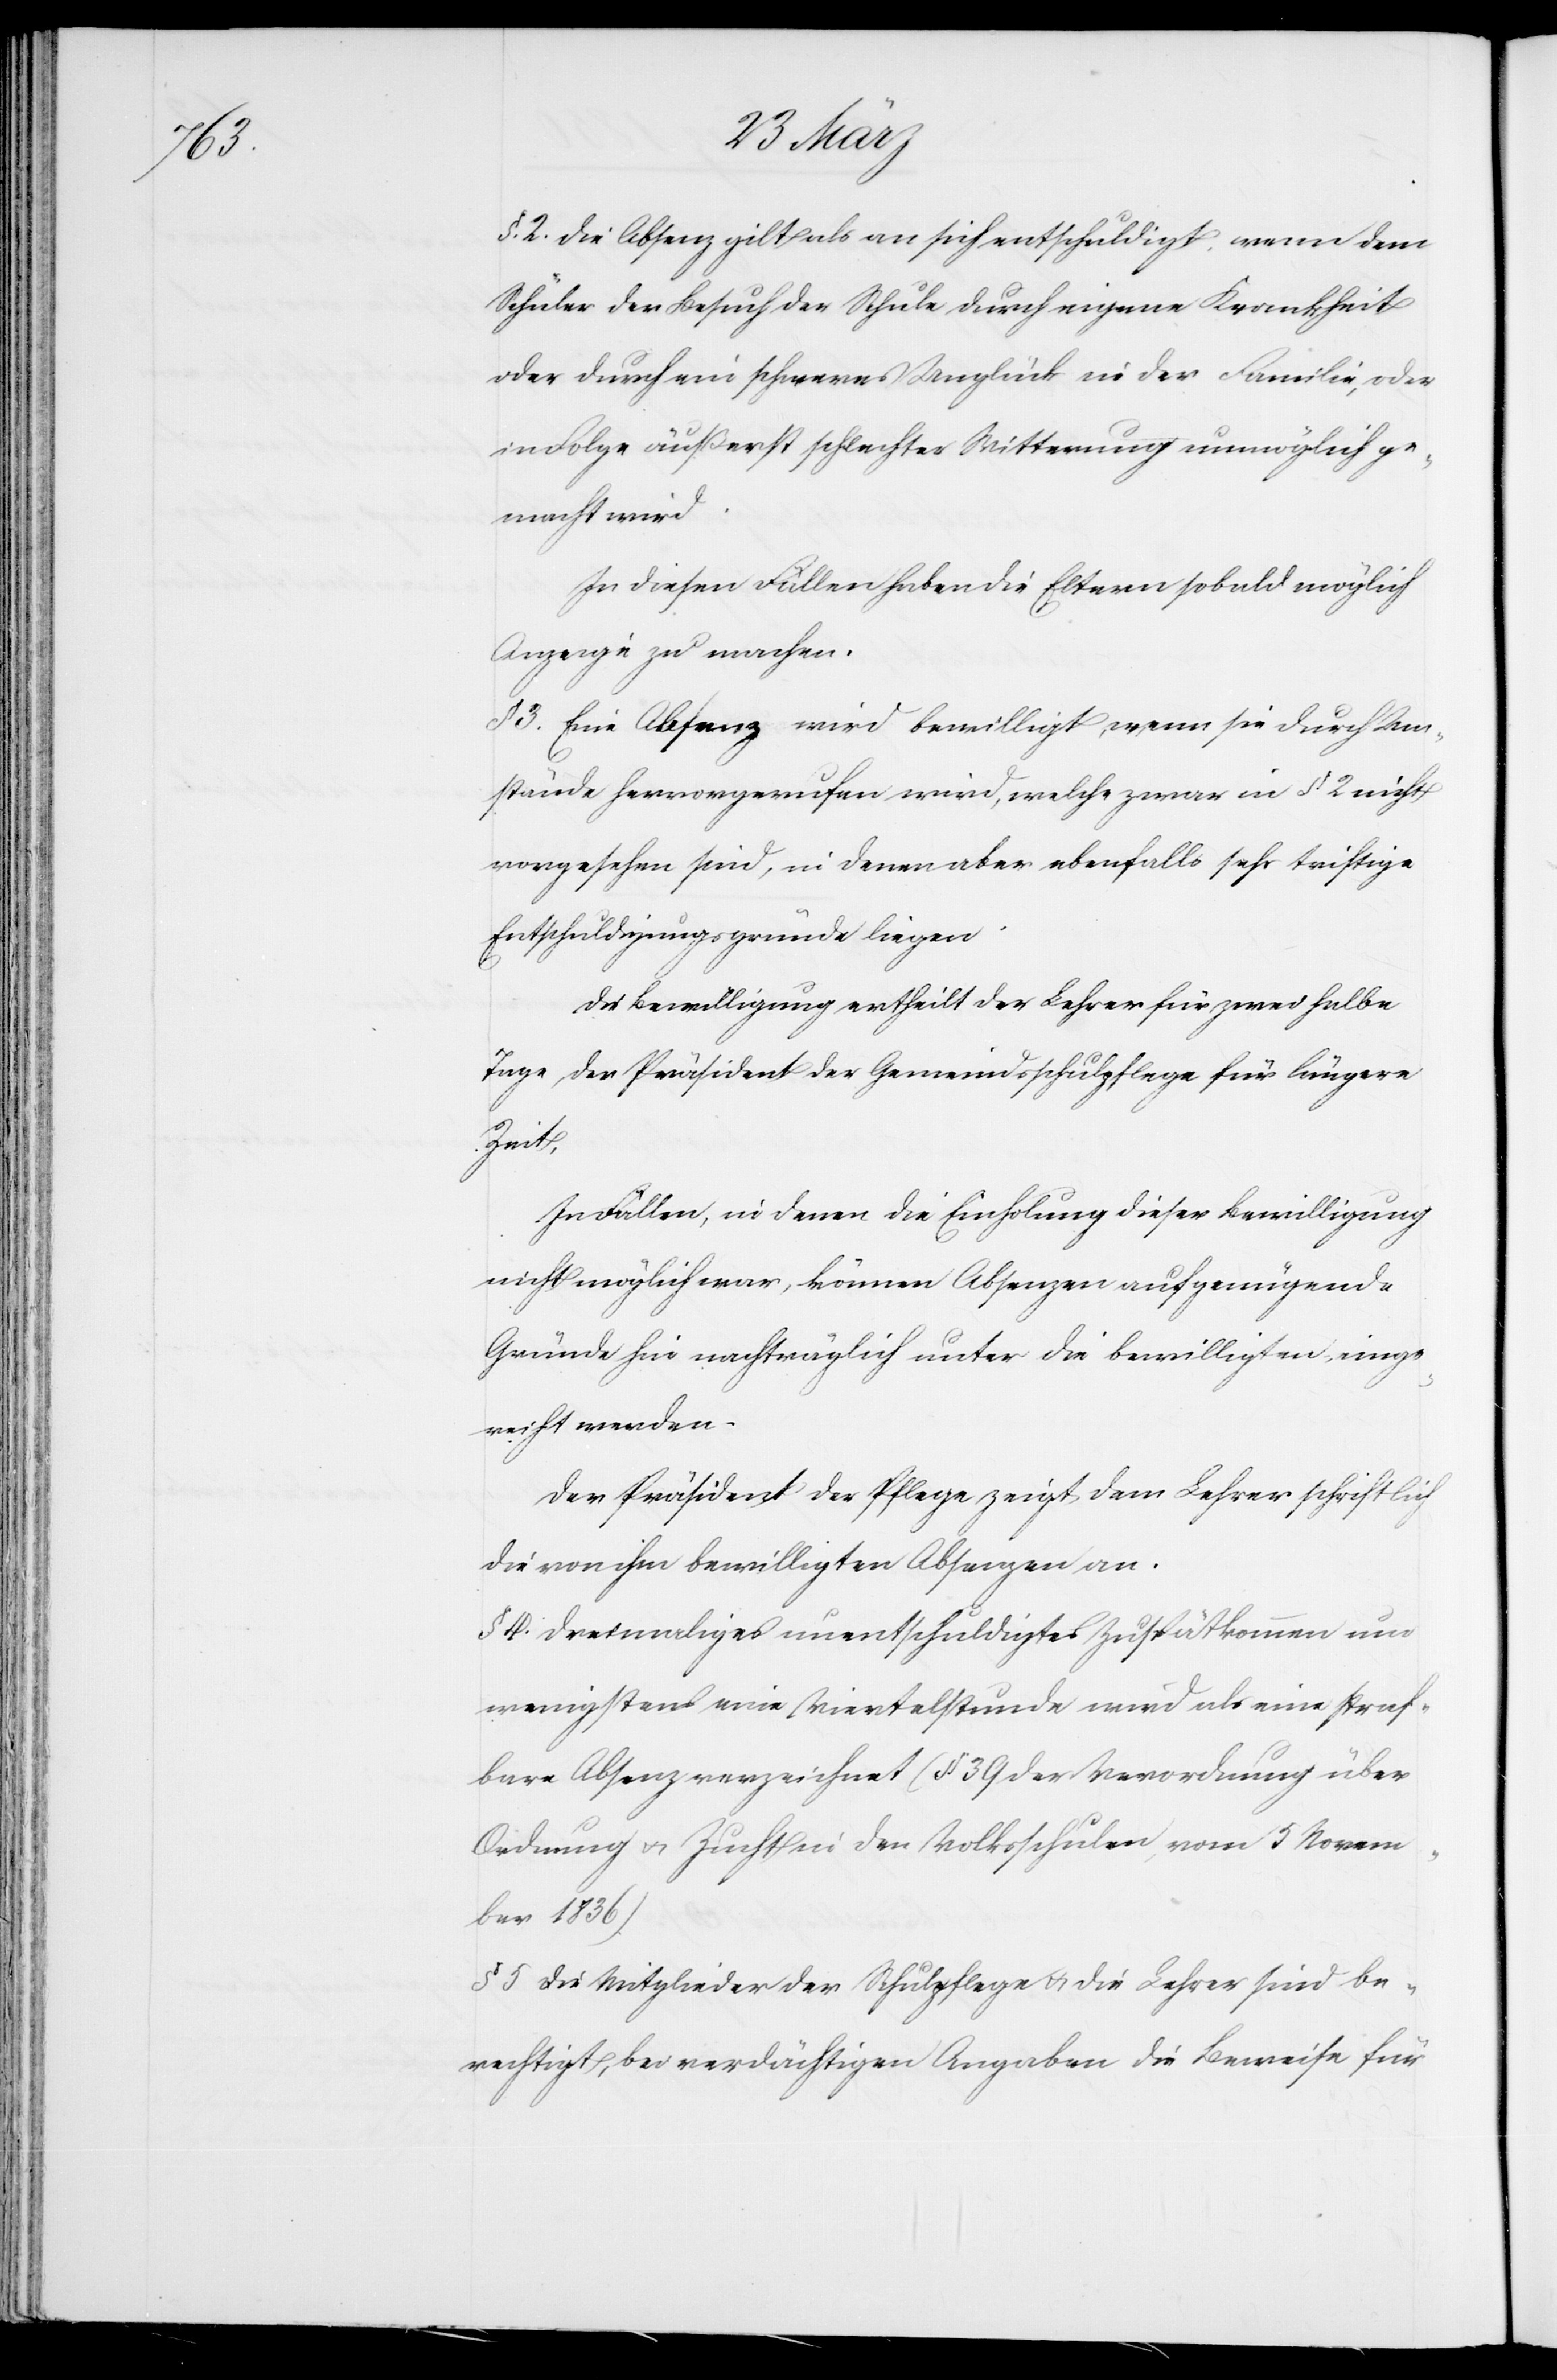
§. 2. Die Absenz gilt als an sich entschuldigt, wenn dem
Schüler der Besuch der Schule durch eigene Krankheit
oder durch ein schweres Unglück in der Familie, oder
in Folge äußerst schlechter Witterung unmöglich ge¬
macht wird.
In diesen Fällen haben die Eltern sobald möglich
Anzeige zu machen.
§. 3 Eine Absenz wird bewilligt, wenn sie durch Um¬
stände hervorgerufen wird, welche zwar in § 2 nicht
vorgesehen sind, in denen aber ebenfalls sehr triftige
Entschuldigungsgründe liegen.
Die Bewilligung ertheilt der Lehrer für zwei halbe
Tage, der Präsident der Gemeindsschulpflege für längere
Zeit,
In Fällen, in denen die Einholung dieser Bewilligung
nicht möglich war, können Absenzen auf genügende
Gründe hin nachträglich unter die Bewilligten einge¬
reicht werden.
Der Präsident der Pflege zeigt dem Lehrer schriftlich
die von ihm bewilligten Absenzen an.
§ 4 Dreimaliges unentschuldigtes Zuspätkommen um
wenigstens eine Viertelstunde wird als eine straf¬
bare Absenz verzeichnet (§. 39 der Verordnung über
Ordnung u. Zucht in den Volksschulen, vom 5 Novem¬
ber 1836)
§ 5 Die Mitglieder der Schulpflege u. die Lehrer sind be¬
rechtigt, bei verdächtigen Angaben die Beweise für